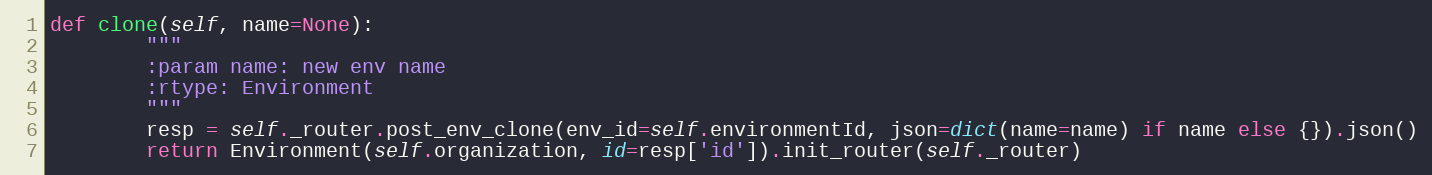
Language: Python
def clone(self, name=None):
        """
        :param name: new env name
        :rtype: Environment
        """
        resp = self._router.post_env_clone(env_id=self.environmentId, json=dict(name=name) if name else {}).json()
        return Environment(self.organization, id=resp['id']).init_router(self._router)